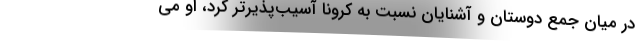
در ميان جمع دوستان و آشنايان نسبت به كرونا آسيب‌پذيرتر كرد، او مي